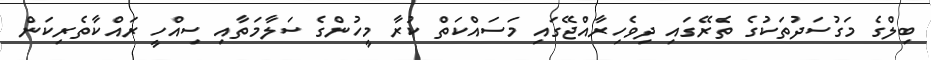
ބިލްގެ މަގުސަދުތަކުގެ ތެރޭގައި ދިވެހިރާއްޖޭގައި މަސައްކަތް ކުރާ މީހުންގެ ސަލާމަތާއި ސިއްހީ ރައްކާތެރިކަން